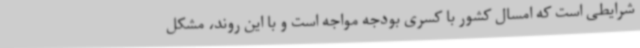
شرایطی است که امسال کشور با کسری بودجه مواجه است و با این روند، مشکل